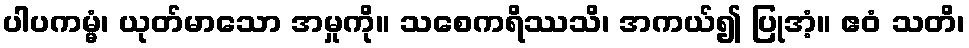
ပါပကမ္မံ၊ ယုတ်မာသော အမှုကို။ သစေကရိဿသိ၊ အကယ်၍ ပြုအံ့။ ဧဝံ သတိ၊